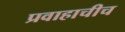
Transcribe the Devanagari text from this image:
प्रवाहाचीच